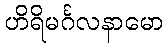
ဟိရိမင်္ဂလနာမော